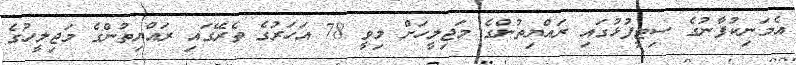
އެމަނިކުފާނުގެ ސިޓީފުޅުގައި ރައްޔިތުންގެ މަޖިލީހަށް މިވީ 78 އަހަރުގެ ތެރޭގައި ރައްޔިތުންގެ މަޖިލީހުގެ